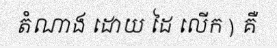
តំណាង ដោយ ដៃ លើក ) គឺ